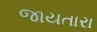
જાયતારા